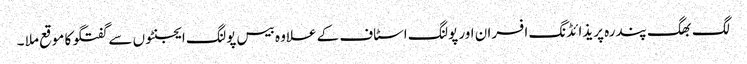
لگ بھگ پندرہ پریذائڈنگ افسران اور پولنگ اسٹاف کے علاوہ بیس پولنگ ایجنٹوں سے گفتگو کا موقع ملا ۔